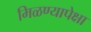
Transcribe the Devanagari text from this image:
मिळण्यापेक्षा